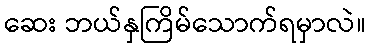
ဆေး ဘယ်နှကြိမ်သောက်ရမှာလဲ။